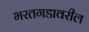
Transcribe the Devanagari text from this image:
भरतगडावरील